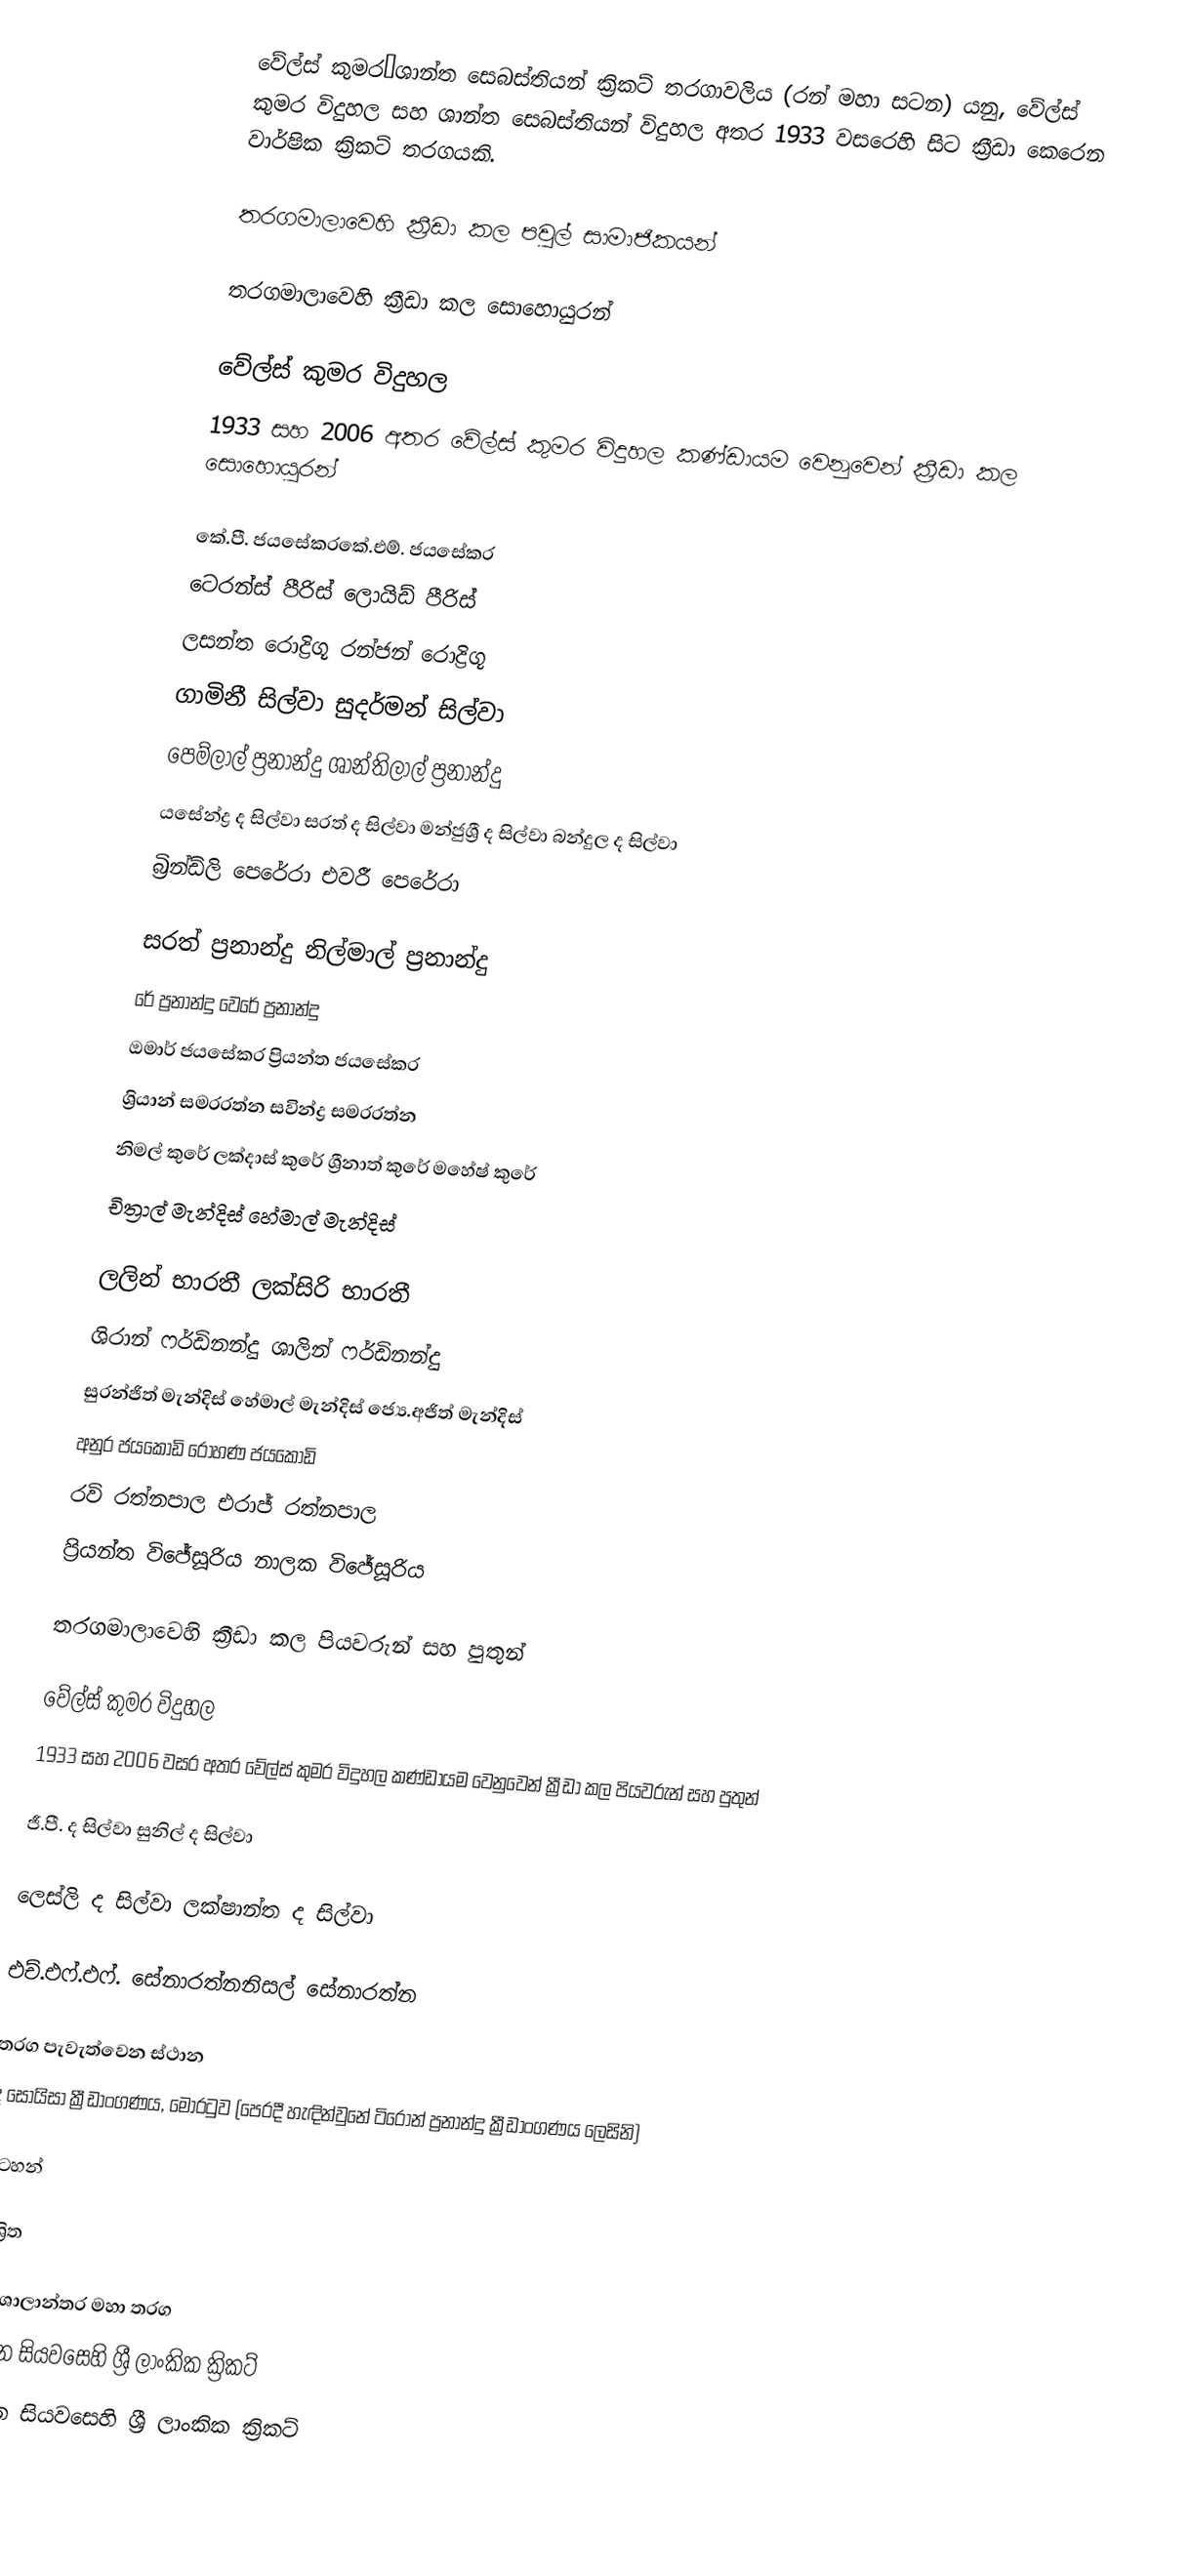
වේල්ස් කුමර–ශාන්ත සෙබස්තියන් ක්‍රිකට් තරගාවලිය (රන් මහා සටන) යනු, වේල්ස් කුමර විදුහල සහ ශාන්ත සෙබස්තියන් විදුහල අතර 1933 වසරෙහි සිට ක්‍රීඩා කෙරෙන වාර්ෂික ක්‍රිකට් තරගයකි.

තරගමාලාවෙහි ක්‍රීඩා කල පවුල් සාමාජිකයන්

තරගමාලාවෙහි ක්‍රීඩා කල සොහොයුරන්

වේල්ස් කුමර විදුහල
1933 සහ 2006 අතර වේල්ස් කුමර විදුහල කණ්ඩායම වෙනුවෙන් ක්‍රීඩා කල සොහොයුරන්

කේ.පී. ජයසේකරකේ.එම්. ජයසේකර
ටෙරන්ස් පීරිස් ලොයිඩ් පීරිස්
ලසන්ත රොද්‍රිගූ රන්ජන් රොද්‍රිගූ
ගාමිනී සිල්වා සුදර්මන් සිල්වා
පෙම්ලාල් ප්‍රනාන්දු ශාන්තිලාල් ප්‍රනාන්දු
යසේන්ද්‍ර ද සිල්වා සරත් ද සිල්වා මන්ජුශ්‍රී ද සිල්වා බන්දුල ද සිල්වා
බ්‍රින්ඩ්ලි පෙරේරා එවරී පෙරේරා

සරත් ප්‍රනාන්දු නිල්මාල් ප්‍රනාන්දු
රේ ප්‍රනාන්දු වෙරේ ප්‍රනාන්දු
ඔමාර් ජයසේකර ප්‍රියන්ත ජයසේකර
ශ්‍රියාන් සමරරත්න සවින්ද්‍ර සමරරත්න
නිමල් කුරේ ලක්දාස් කුරේ ශ්‍රීනාත් කුරේ මහේෂ් කුරේ
චිත්‍රාල් මැන්දිස් හේමාල් මැන්දිස්

ලලින් භාරතී ලක්සිරි භාරතී
ශිරාන් ෆර්ඩිනන්දු ශාලින් ෆර්ඩිනන්දු
සුරන්ජිත් මැන්දිස් හේමාල් මැන්දිස් ජ්‍යෙ.අජිත් මැන්දිස්
අනුර ජයකොඩි රෝහණ ජයකොඩි
රවි රත්නපාල එරාජ් රත්නපාල
ප්‍රියන්ත විජේසූරිය නාලක විජේසූරිය

තරගමාලාවෙහි ක්‍රීඩා කල පියවරුන් සහ පුතුන්

වේල්ස් කුමර විදුහල
1933 සහ 2006 වසර අතර වේල්ස් කුමර විදුහල කණ්ඩායම වෙනුවෙන් ක්‍රීඩා කල පියවරුන් සහ පුතුන්

ජී.පී. ද සිල්වා සුනිල් ද සිල්වා

ලෙස්ලි ද සිල්වා ලක්ෂාන්ත ද සිල්වා

එච්.එෆ්.එෆ්. සේනාරත්නනිසල් සේනාරත්න

තරග පැවැත්වෙන ස්ථාන
ද සොයිසා ක්‍රීඩාංගණය, මොරටුව (පෙරදී හැඳින්වුනේ ටිරෝන් ප්‍රනාන්දු ක්‍රීඩාංගණය ලෙසිනි)

සටහන්

ආශ්‍රිත

පාඨශාලාන්තර මහා තරග
 20වන සියවසෙහි ශ්‍රී ලාංකික ක්‍රිකට්
21වන සියවසෙහි ශ්‍රී ලාංකික ක්‍රිකට්